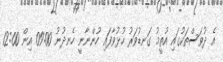
އެ ދުވަސްތަކުގައި އުތީމު ގަނޑުވަރު ހުޅުވާފައި ހުންނާނީ ހެނދުނު 09:00 އިން 12:00